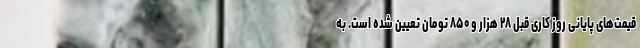
قیمت‌های پایانی روز کاری قبل ۲۸ هزار و ۸۵۰ تومان تعیین شده است. به